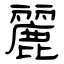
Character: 麗